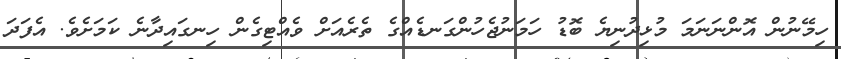
ހިމޭނުން އޮންނަނަމަ މުޅިދުނިޔެ ބޮޑު ހަމަނުޖެހުންގަނޑެއްގެ ތެރެއަށް ވެއްޓިގެން ހިނގައިދާނެ ކަމަށެވެ. އެފަދަ